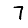
Digit: 7